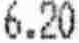
6.20